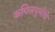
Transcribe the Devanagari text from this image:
कपिलमुनींचे